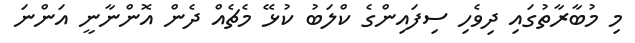
މި މުބާރާތުގައި ދިވެހި ސިފައިންގެ ކްލަބު ކުޅޭ މެޗެއް ދެން އޮންނާނީ އަންނަ